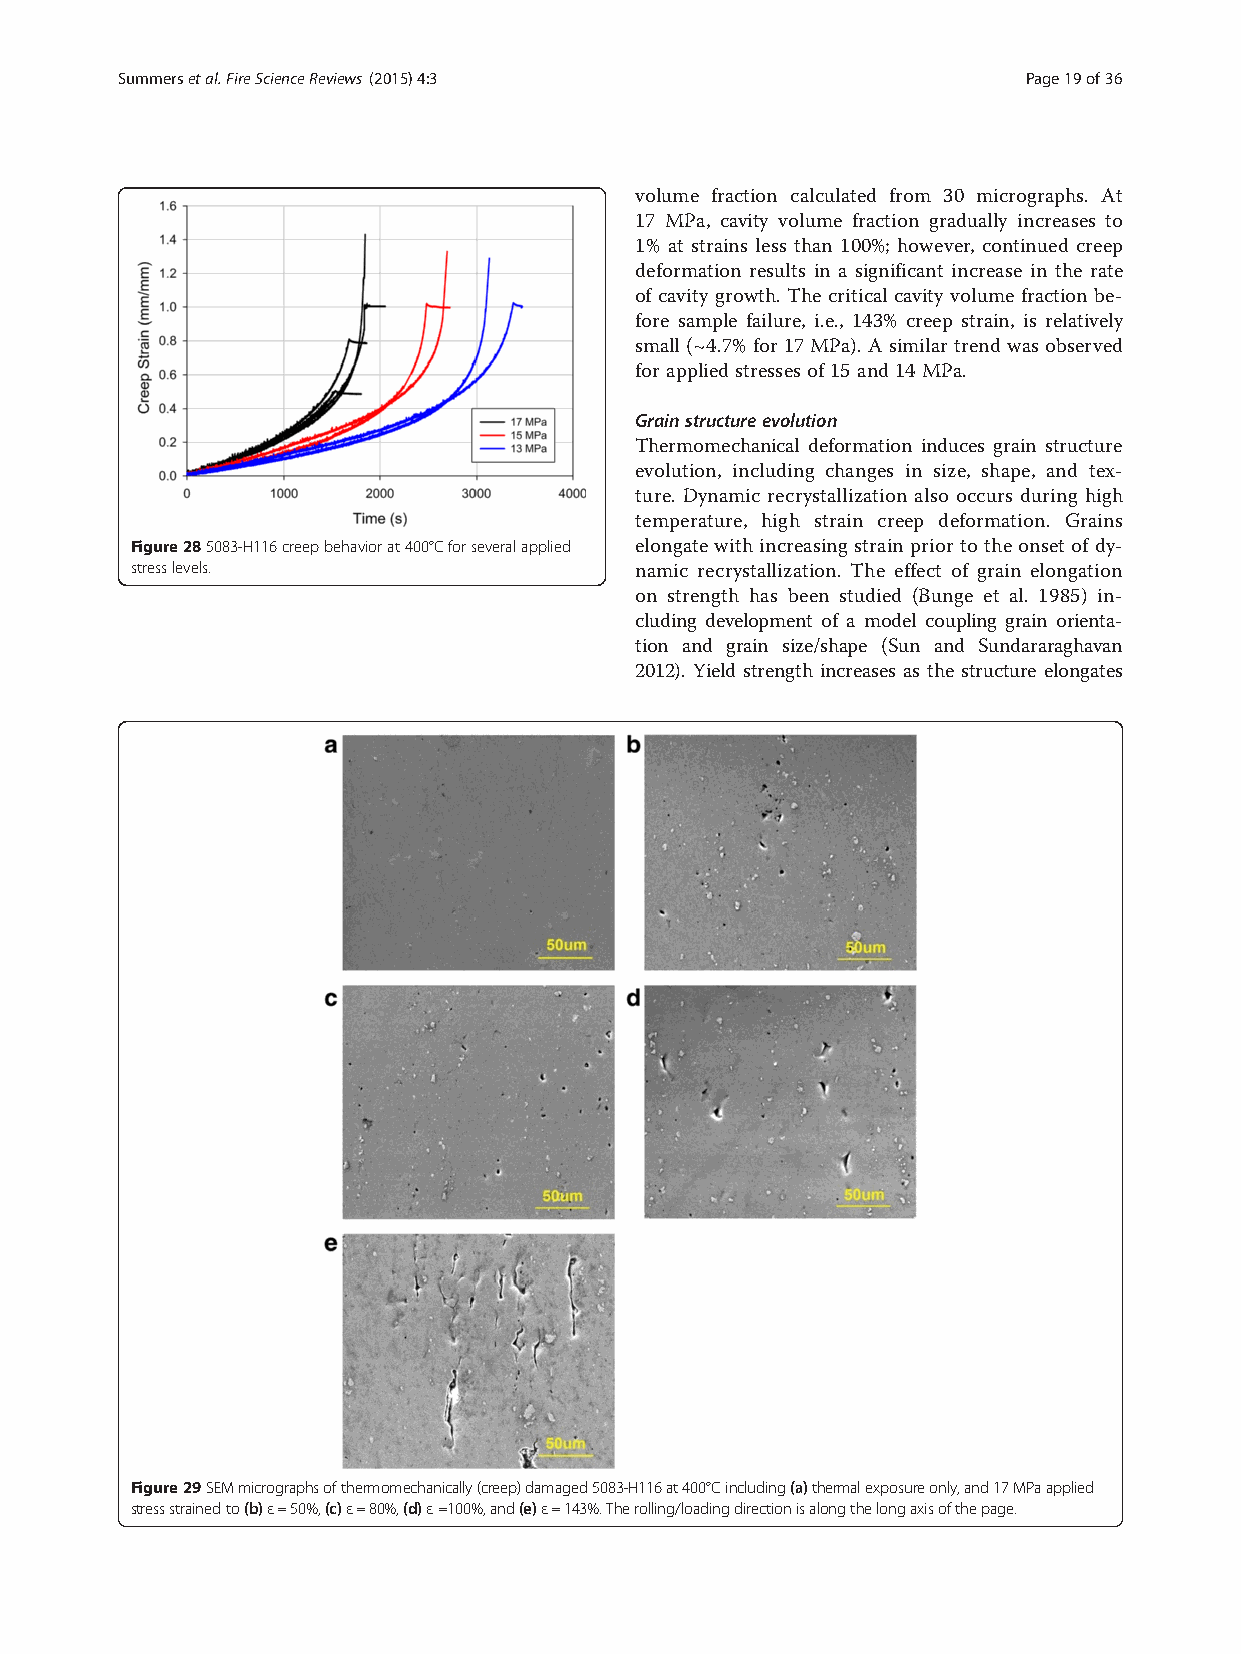
Summersetal.FireScienceReviews (2015) 4:3                   Page19of36
 volume fraction calculated from 30 micrographs. At
 17 MPa, cavity volume fraction gradually increases to
 1% at strains less than 100%; however, continued creep
 deformation results in a significant increase in the rate
 of cavity growth. The critical cavity volume fraction be-
 fore sample failure, i.e., 143% creep strain, is relatively
 small (~4.7% for 17MPa). A similar trend was observed
 for applied stresses of 15 and 14 MPa.
 Grainstructureevolution
 Thermomechanical deformation induces grain structure
 evolution, including changes in size, shape, and tex-
 ture. Dynamic recrystallization also occurs during high
 temperature, high strain creep deformation. Grains
 Figure285083-H116creepbehaviorat400°Cforseveralapplied elongate with increasing strain prior to theonset of dy-
 stresslevels.                    namic recrystallization. The effect of grain elongation
 on strength has been studied (Bunge et al. 1985) in-
 cluding development of a model coupling grain orienta-
 tion and grain size/shape (Sun and Sundararaghavan
 2012). Yield strength increases as the structure elongates
 Figure29SEMmicrographsofthermomechanically(creep)damaged5083-H116at400°Cincluding(a)thermalexposureonly,and17MPaapplied
 stressstrainedto(b)ε=50%,(c)ε=80%,(d)ε=100%,and(e)ε=143%.Therolling/loadingdirectionisalongthelongaxisofthepage.